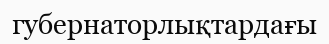
губернаторлықтардағы